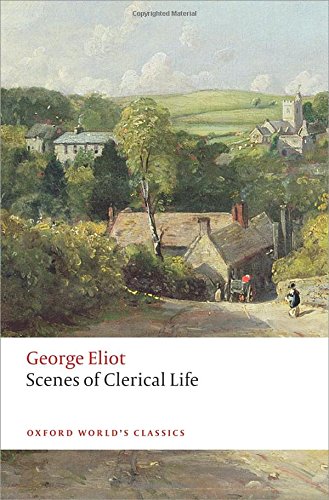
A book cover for Scenes of Clerical Life (Oxford World's Classics); George Eliot; Religion & Spirituality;